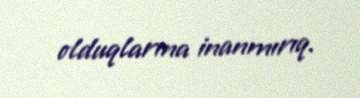
olduqlarına inanmırıq.